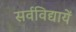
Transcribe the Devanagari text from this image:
सर्वविद्यायें